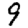
Digit: 9